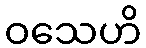
ဝသေဟိ